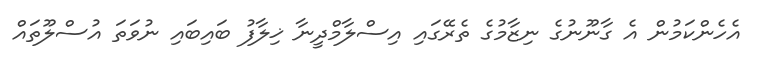
އެހެންކަމުން އެ ގާނޫނުގެ ނިޒާމުގެ ތެރޭގައި އިސްލާމްދީނާ ޚިލާފު ބައިބައި ނުވަތަ އުސްލޫތައް